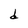
Character: d